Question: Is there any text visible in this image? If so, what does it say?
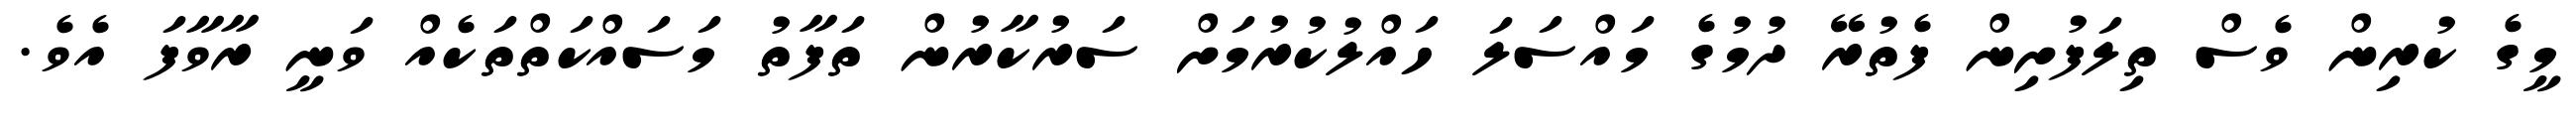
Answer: މީގެ ކުރިން ވެސް ތިލަފުށިން ފެތުރޭ ދުމުގެ މައްސަލަ ހައްލުކުރުމަށް ސަރުކާރުން ތަފާތު މަސައްކަތްތަކެއް ވަނީ ރާވާފަ އެވެ.